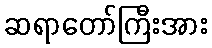
ဆရာတော်ကြီးအား